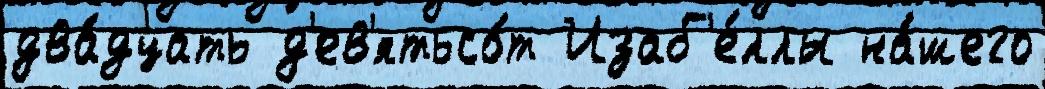
два́дцать д'ев'ятьсо́т Изаб'е́ллы на́шего